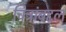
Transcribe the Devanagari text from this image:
चित्रांबद्दल